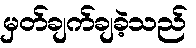
မှတ်ချက်ချခဲ့သည်